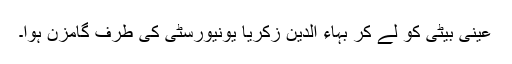
عینی بیٹی کو لے کر بہاء الدین زکریا یونیورسٹی کی طرف گامزن ہوا۔